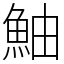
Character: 鮋